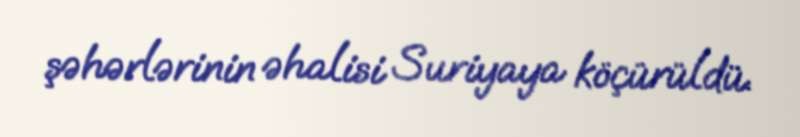
şəhərlərinin əhalisi Suriyaya köçürüldü.